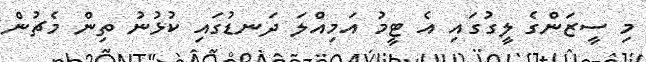
މި ސީޒަންގެ ލީގުގައި އެ ޓީމު އަމިއްލަ ދަނޑުގައި ކުޅުނު ތިން މެޗުން